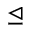
\trianglelefteq